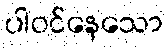
ပါဝင်နေသော